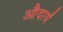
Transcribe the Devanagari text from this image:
औदार्यं